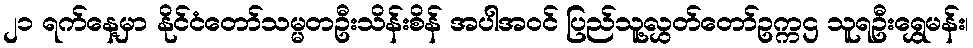
၂၁ ရက်နေ့မှာ နိုင်ငံတော်သမ္မတဦးသိန်းစိန် အပါအဝင် ပြည်သူ့လွှတ်တော်ဥက္ကဌ သူရဦးရွှေမန်း၊